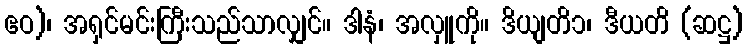
ဧဝ)၊ အရှင်မင်းကြီးသည်သာလျှင်။ ဒါနံ၊ အလှူကို။ ဒိယျတိ၁၊ ဒီယတိ (ဆဋ္ဌ)